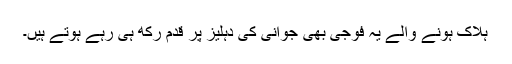
ہلاک ہونے والے یہ فوجی بھی جوانی کی دہلیز پر قدم رکھ ہی رہے ہوتے ہیں۔